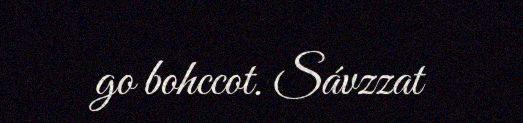
go bohccot. Sávzzat